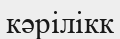
кәрілікк